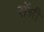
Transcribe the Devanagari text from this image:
राॅन्नी